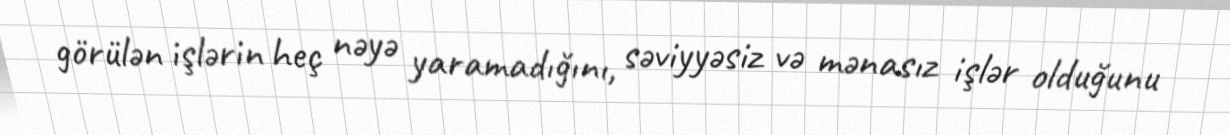
görülən işlərin heç nəyə yaramadığını, səviyyəsiz və mənasız işlər olduğunu